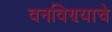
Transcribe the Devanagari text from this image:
वनविण्याचे